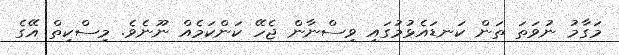
މަގާމު ނުވަތަ ތަން ކަނޑައެޅުމުގައި ވިސްނާން ޖެހޭ ކަންކަމެއް ނޫނެވެ. މިސްކިތް އޭގެ